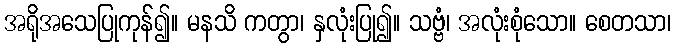
အရိုအသေပြုကုန်၍။ မနသိ ကတွာ၊ နှလုံးပြု၍။ သဗ္ဗံ၊ အလုံးစုံသော။ စေတသာ၊